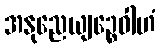
အနုညေယျဉ္စေဝါဟံ